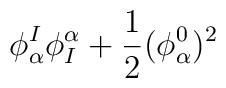
\phi^I_\alpha\phi_I^\alpha +{1\over2}(\phi^0_\alpha)^2